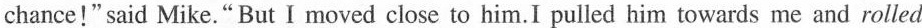
chance!" said Mike." But I moved close to him. I pulled him towards me and rolled